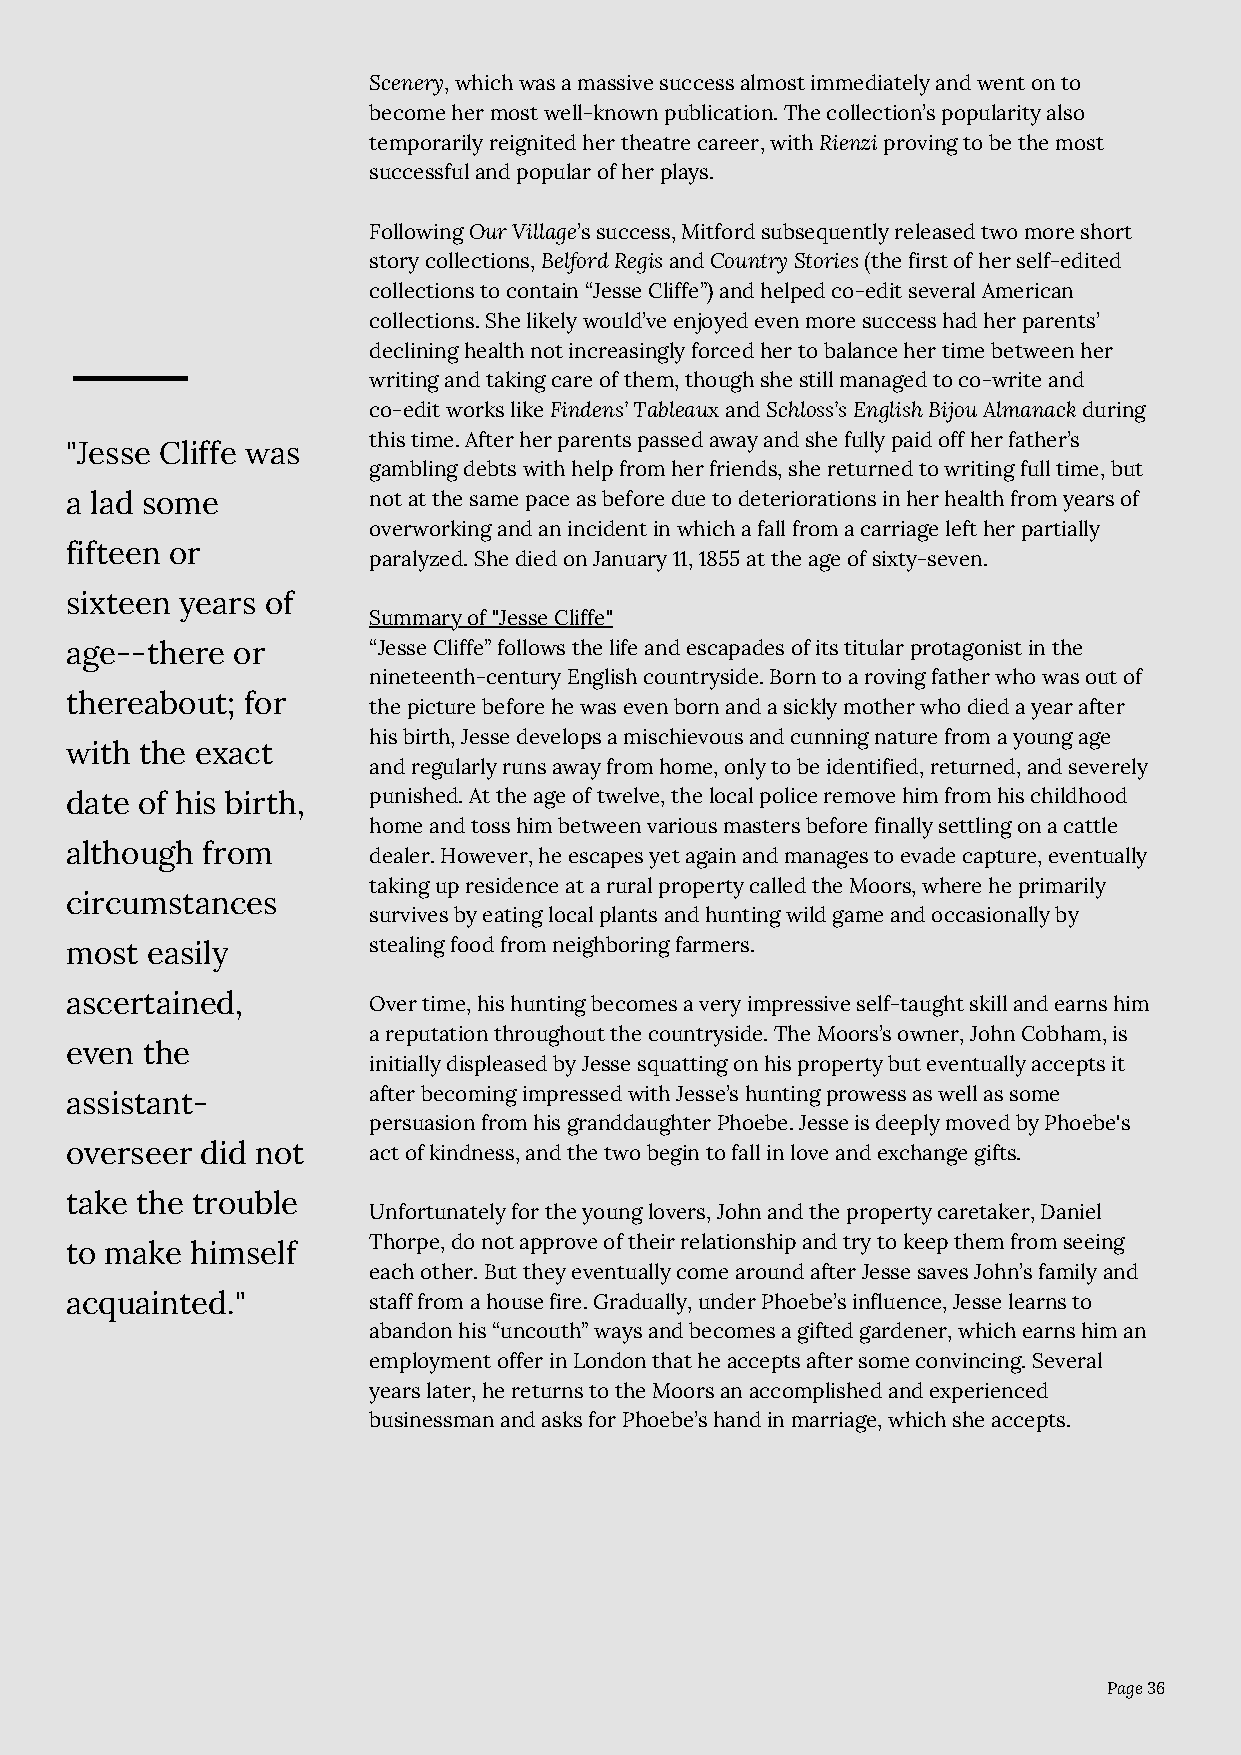
Scenery, which was a massive success almost immediately and went on to
 become her most well-known publication. The collection’s popularity also
 temporarily reignited her theatre career, with Rienzi proving to be the most
 successful and popular of her plays.
 Following Our Village’s success, Mitford subsequently released two more short
 story collections, Belford Regis and Country Stories (the first of her self-edited
 collections to contain “Jesse Cliffe”) and helped co-edit several American
 collections. She likely would’ve enjoyed even more success had her parents’
 declining health not increasingly forced her to balance her time between her
 writing and taking care of them, though she still managed to co-write and
 co-edit works like Findens’ Tableaux and Schloss’s English Bijou Almanack during
 this time. After her parents passed away and she fully paid off her father’s
 "Jesse Cliffe was
 gambling debts with help from her friends, she returned to writing full time, but
 a lad some          not at the same pace as before due to deteriorations in her health from years of
 overworking and an incident in which a fall from a carriage left her partially
 fifteen or
 paralyzed. She died on January 11, 1855 at the age of sixty-seven.
 sixteen years of
 Summary of "Jesse Cliffe"
 age--there or       “Jesse Cliffe” follows the life and escapades of its titular protagonist in the
 nineteenth-century English countryside. Born to a roving father who was out of
 thereabout; for
 the picture before he was even born and a sickly mother who died a year after
 his birth, Jesse develops a mischievous and cunning nature from a young age
 with the exact
 and regularly runs away from home, only to be identified, returned, and severely
 date of his birth,  punished. At the age of twelve, the local police remove him from his childhood
 home and toss him between various masters before finally settling on a cattle
 although from
 dealer. However, he escapes yet again and manages to evade capture, eventually
 taking up residence at a rural property called the Moors, where he primarily
 circumstances
 survives by eating local plants and hunting wild game and occasionally by
 most  easily        stealing food from neighboring farmers.
 ascertained,        Over time, his hunting becomes a very impressive self-taught skill and earns him
 a reputation throughout the countryside. The Moors’s owner, John Cobham, is
 even the
 initially displeased by Jesse squatting on his property but eventually accepts it
 assistant-          after becoming impressed with Jesse’s hunting prowess as well as some
 persuasion from his granddaughter Phoebe. Jesse is deeply moved by Phoebe's
 overseer did not    act of kindness, and the two begin to fall in love and exchange gifts.
 take the trouble
 Unfortunately for the young lovers, John and the property caretaker, Daniel
 Thorpe, do not approve of their relationship and try to keep them from seeing
 to make  himself
 each other. But they eventually come around after Jesse saves John’s family and
 acquainted."        staff from a house fire. Gradually, under Phoebe’s influence, Jesse learns to
 abandon his “uncouth” ways and becomes a gifted gardener, which earns him an
 employment offer in London that he accepts after some convincing. Several
 years later, he returns to the Moors an accomplished and experienced
 businessman and asks for Phoebe’s hand in marriage, which she accepts.
 Page 36